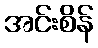
အင်းစိန်